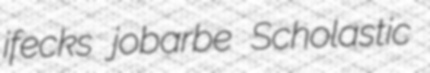
ifecks jobarbe Scholastic